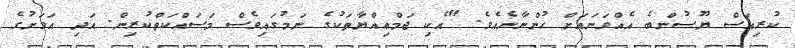
ކުރިއަސް ޔޫސުންބެ އެއްވަނައަށް ހުންނާނެއެވެ. "އެކި ޖަމްޢިއްޔާތަކުގެ ނަމުގައިވެސް މަސައްކަތްކުރިން. އަދި އަވަށުގެ